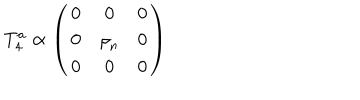
LaTeX: T _ { 4 } ^ { a } \propto \left( \begin{matrix} { { { \bf 0 } } } & { { { \bf 0 } } } & { { 0 } } \\ { { { \bf 0 } } } & { { { \bf \rho } _ { n } } } & { { 0 } } \\ { { 0 } } & { { 0 } } & { { 0 } } \\ \end{matrix} \right)